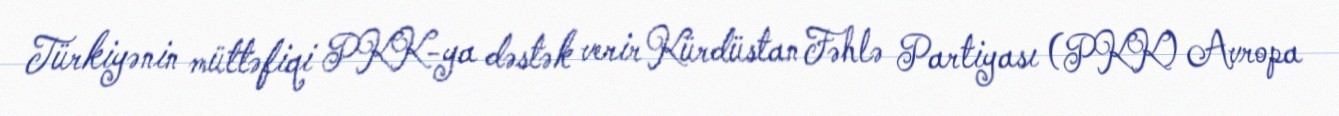
Türkiyənin müttəfiqi PKK-ya dəstək verir Kürdüstan Fəhlə Partiyası (PKK) Avropa